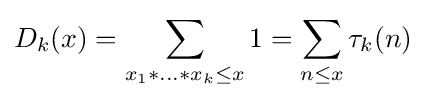
D_{k}(x)=\sum \limits _{x_{1}*\ldots *x_{k}\leq x}1=\sum \limits _{n\leq x}\tau _{k}(n)